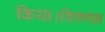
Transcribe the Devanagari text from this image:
किया।विपणन